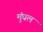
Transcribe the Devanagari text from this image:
मुंधल